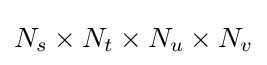
N_{s}\times N_{t}\times N_{u}\times N_{v}